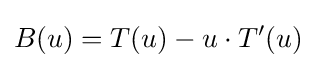
B(u)=T(u)-u\cdot T'(u)